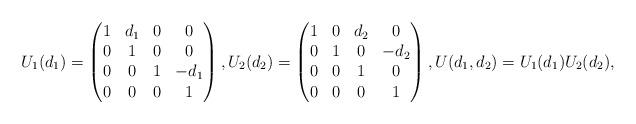
LaTeX: \begin{align*}U_1(d_1)=\begin{pmatrix}1&d_1&0&0\\0&1&0&0\\0&0&1&-d_1\\0&0&0&1\end{pmatrix}, U_2(d_2)=\begin{pmatrix}1&0&d_2&0\\0&1&0&-d_2\\0&0&1&0\\0&0&0&1\end{pmatrix}, U(d_1,d_2) = U_1(d_1) U_2(d_2),\end{align*}